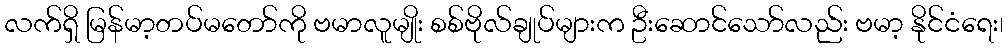
လက်ရှိ မြန်မာ့တပ်မတော်ကို ဗမာလူမျိုး စစ်ဗိုလ်ချုပ်များက ဦးဆောင်သော်လည်း ဗမာ့ နိုင်ငံရေး၊